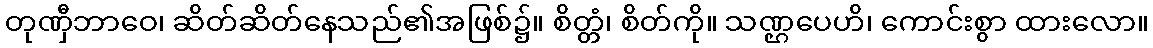
တုဏှီဘာဝေ၊ ဆိတ်ဆိတ်နေသည်၏အဖြစ်၌။ စိတ္တံ၊ စိတ်ကို။ သဏ္ဌပေဟိ၊ ကောင်းစွာ ထားလော။